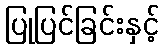
ပြုပြင်ခြင်းနှင့်